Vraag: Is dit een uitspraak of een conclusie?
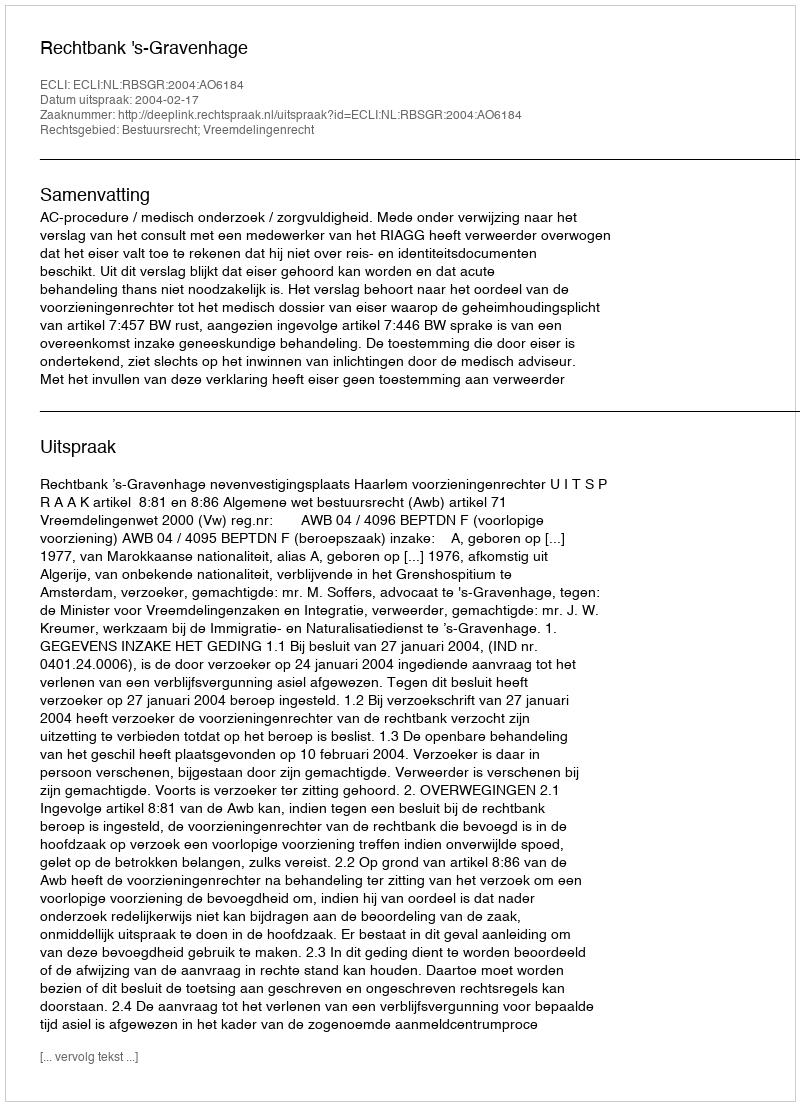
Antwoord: Uitspraak